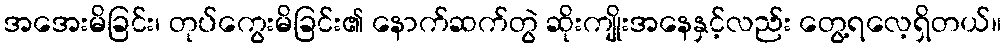
အအေးမိခြင်း၊ တုပ်ကွေးမိခြင်း၏ နောက်ဆက်တွဲ ဆိုးကျိုးအနေနှင့်လည်း တွေ့ရလေ့ရှိတယ်။